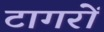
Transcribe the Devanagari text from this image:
टागरों